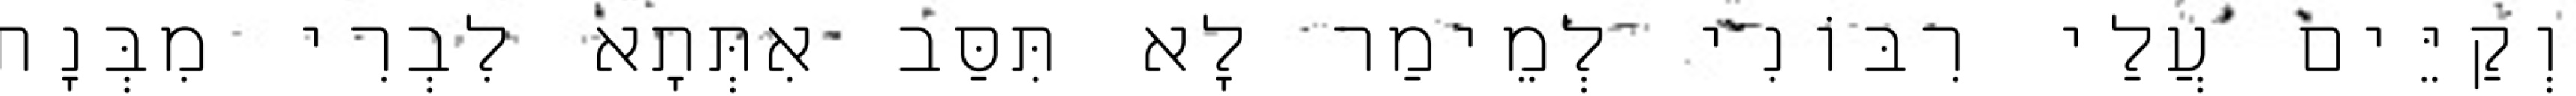
וְקַיֵּים עֲלַי רִבּוֹנִי לְמֵימַר לָא תִּסַּב אִתְּתָא לִבְרִי מִבְּנָת